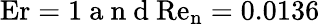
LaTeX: \mathrm{Er=1}\mathrm{~a~n~d~}\mathrm{Re_{n}}=0.0136